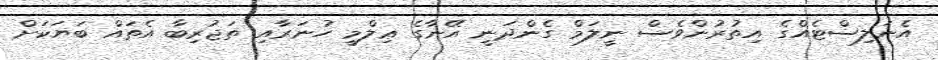
އެނަލިސްޓެއްގެ އިތުރުންވެސް ނީލަމް ގެންދަނީ އޭނާގެ ޢިލްމީ ހުނަރާއި ތަޖުރިބާ އެތައް ބަޔަކަށް